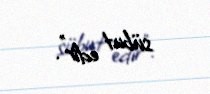
sübut edir”.